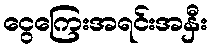
ငွေကြေးအရင်းအနှီး